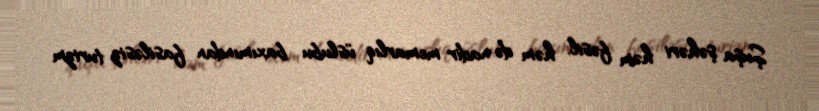
Şuşa şəhəri həm fəsil, həm də nadir memarlıq üslubu baxımından fasiləsiz turizm